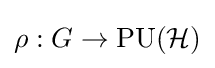
\rho :G\rightarrow \mathrm {PU} ({\mathcal {H}})